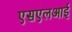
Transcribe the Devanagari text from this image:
एसएलआई